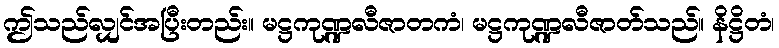
ဤသည်လျှင်အပြီးတည်း။ မဋ္ဌကုဏ္ဍလီဇာတကံ၊ မဋ္ဌကုဏ္ဍလီဇာတ်သည်။ နိဋ္ဌိတံ၊